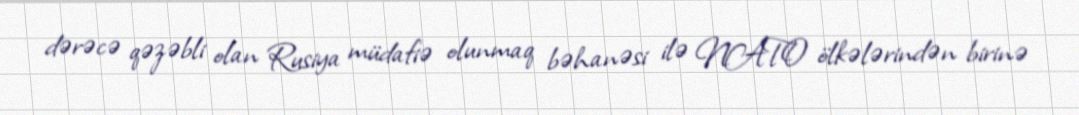
dərəcə qəzəbli olan Rusiya müdafiə olunmaq bəhanəsi ilə NATO ölkələrindən birinə